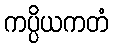
ကပ္ပိယကတံ